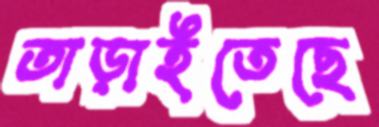
তাড়াইতেছে